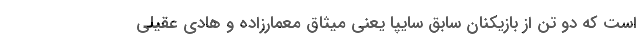
است که دو تن از بازیکنان سابق سایپا یعنی میثاق معمارزاده و هادی عقیلی